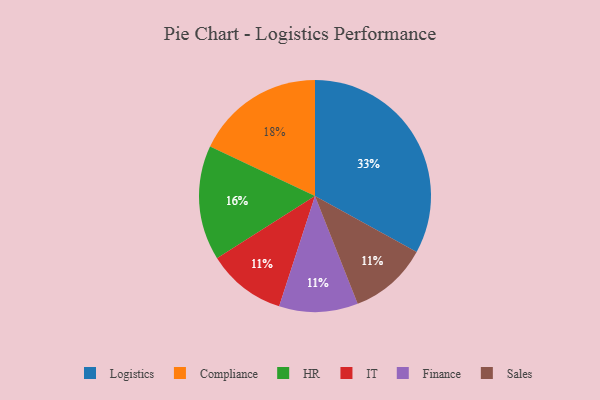
{"axis": {"x": "Category", "y": "Percentage"}, "legend": ["Compliance", "Finance", "HR", "IT", "Logistics", "Sales"], "data": [{"x": "IT", "y": 11, "type": "IT"}, {"x": "Finance", "y": 11, "type": "Finance"}, {"x": "Sales", "y": 11, "type": "Sales"}, {"x": "Compliance", "y": 18, "type": "Compliance"}, {"x": "HR", "y": 16, "type": "HR"}, {"x": "Logistics", "y": 33, "type": "Logistics"}]}